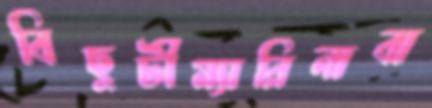
বিছুটীম্যারিনাবা